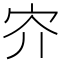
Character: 㝏